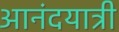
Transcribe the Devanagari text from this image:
आनंदयात्री